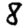
Digit: 8